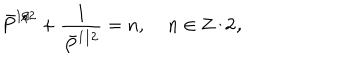
LaTeX: \bar { P } ^ { 1 / 2 } + \frac { 1 } { \bar { P } ^ { 1 / 2 } } = n , \; n \in \bf { Z } / 2 ,